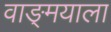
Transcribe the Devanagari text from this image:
वाङ्‌मयाला